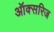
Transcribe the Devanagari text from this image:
ऑक्सरिज